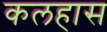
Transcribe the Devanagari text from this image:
कलहास